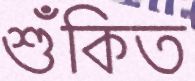
শুঁকিত